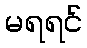
မရရင်